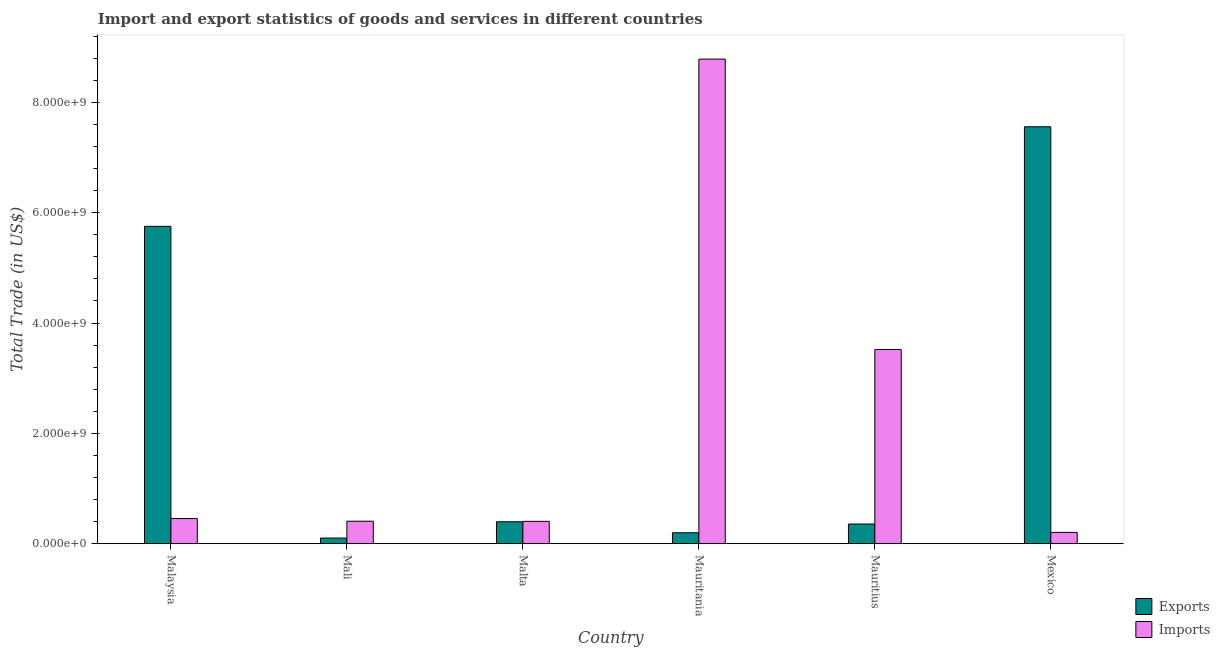
| Country | Exports | Imports |
 | --- | --- | --- |
 | Malaysia | 5.75e+09 | 4.57e+08 |
 | Mali | 1.03e+08 | 4.08e+08 |
 | Malta | 3.98e+08 | 4.06e+08 |
 | Mauritania | 1.99e+08 | 8.78e+09 |
 | Mauritius | 3.57e+08 | 3.52e+09 |
 | Mexico | 7.56e+09 | 2.06e+08 |